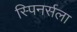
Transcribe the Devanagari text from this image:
स्पिनर्सला